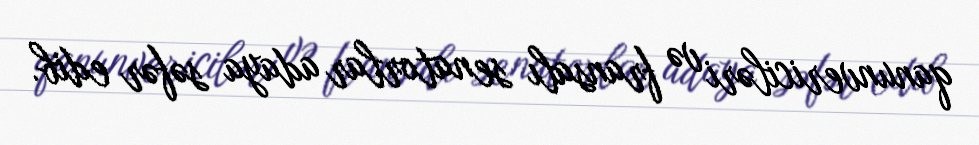
qanunvericiləri və fransalı senatorlar adaya səfər edib.